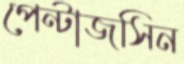
পেন্টাজসিন